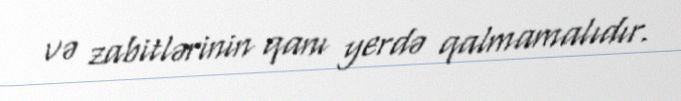
və zabitlərinin qanı yerdə qalmamalıdır.